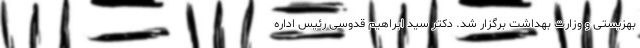
بهزیستی و وزارت بهداشت برگزار شد. دکتر سید ابراهیم قدوسی رئیس اداره